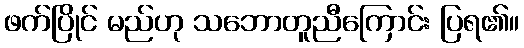
ဖက်ပြိုင် မည်ဟု သဘောတူညီကြောင်း ပြရ၏။